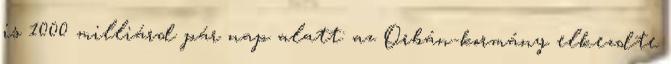
is 1000 milliárd pár nap alatt: az Orbán-kormány elkezdte